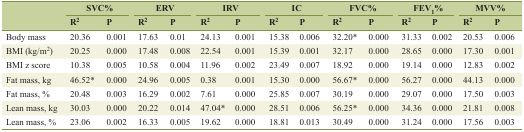
<table><thead><tr><td rowspan="2"></td><td colspan="2"><b>SVC%</b></td><td colspan="2"><b>ERV</b></td><td colspan="2"><b>IRV</b></td><td colspan="2"><b>IC</b></td><td colspan="2"><b>FVC%</b></td><td colspan="2"><b>FEV<sub>1</sub>%</b></td><td colspan="2"><b>MVV%</b></td></tr><tr><td><b>R<sup>2</sup></b></td><td><b>P</b></td><td><b>R<sup>2</sup></b></td><td><b>P</b></td><td><b>R<sup>2</sup></b></td><td><b>P</b></td><td><b>R<sup>2</sup></b></td><td><b>P</b></td><td><b>R<sup>2</sup></b></td><td><b>P</b></td><td><b>R<sup>2</sup></b></td><td><b>P</b></td><td><b>R<sup>2</sup></b></td><td><b>P</b></td></tr></thead><tbody><tr><td>Body mass</td><td>20.36</td><td>0.001</td><td>17.63</td><td>0.01</td><td>24.13</td><td>0.001</td><td>15.38</td><td>0.006</td><td>32.20*</td><td>0.000</td><td>31.33</td><td>0.002</td><td>20.53</td><td>0.006</td></tr><tr><td>BMI (kg/m<sup>2</sup>)</td><td>20.25</td><td>0.000</td><td>17.48</td><td>0.008</td><td>22.54</td><td>0.001</td><td>15.39</td><td>0.001</td><td>32.17</td><td>0.000</td><td>28.65</td><td>0.000</td><td>17.30</td><td>0.001</td></tr><tr><td>BMI z score</td><td>10.38</td><td>0.005</td><td>10.58</td><td>0.004</td><td>11.96</td><td>0.002</td><td>23.49</td><td>0.007</td><td>18.92</td><td>0.000</td><td>19.14</td><td>0.000</td><td>12.83</td><td>0.002</td></tr><tr><td>Fat mass, kg</td><td>46.52*</td><td>0.000</td><td>24.96</td><td>0.005</td><td>0.38</td><td>0.001</td><td>15.30</td><td>0.000</td><td>56.67*</td><td>0.000</td><td>56.27</td><td>0.000</td><td>44.13</td><td>0.000</td></tr><tr><td>Fat mass, %</td><td>20.48</td><td>0.003</td><td>16.29</td><td>0.002</td><td>7.61</td><td>0.000</td><td>25.85</td><td>0.007</td><td>30.19</td><td>0.000</td><td>29.07</td><td>0.000</td><td>17.50</td><td>0.003</td></tr><tr><td>Lean mass, kg</td><td>30.03</td><td>0.000</td><td>20.22</td><td>0.014</td><td>47.04*</td><td>0.000</td><td>28.51</td><td>0.006</td><td>56.25*</td><td>0.000</td><td>34.36</td><td>0.000</td><td>21.81</td><td>0.008</td></tr><tr><td>Lean mass, %</td><td>23.06</td><td>0.002</td><td>16.33</td><td>0.005</td><td>19.62</td><td>0.000</td><td>18.81</td><td>0.013</td><td>30.49</td><td>0.000</td><td>31.24</td><td>0.000</td><td>17.56</td><td>0.003</td></tr></tbody></table>